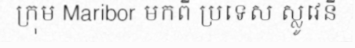
ក្រុម Maribor មកពី ប្រទេស ស្លូវេនី